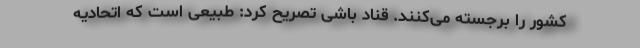
کشور را برجسته می‌کنند. قناد باشی تصریح کرد: طبیعی است که اتحادیه